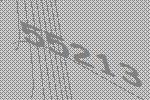
55213